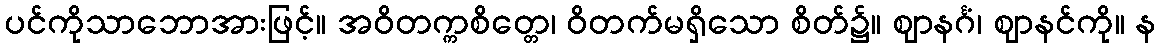
ပင်ကိုသာဘောအားဖြင့်။ အဝိတက္ကစိတ္တေ၊ ဝိတက်မရှိသော စိတ်၌။ ဈာနင်္ဂံ၊ ဈာနင်ကို။ န